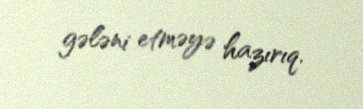
gələni etməyə hazırıq.